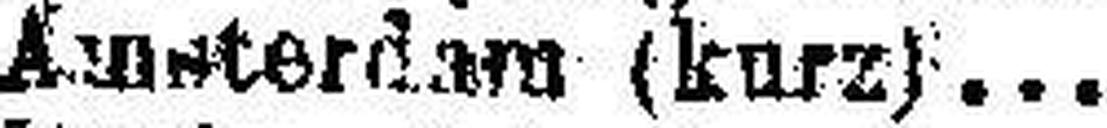
Amsterdam (kurz)